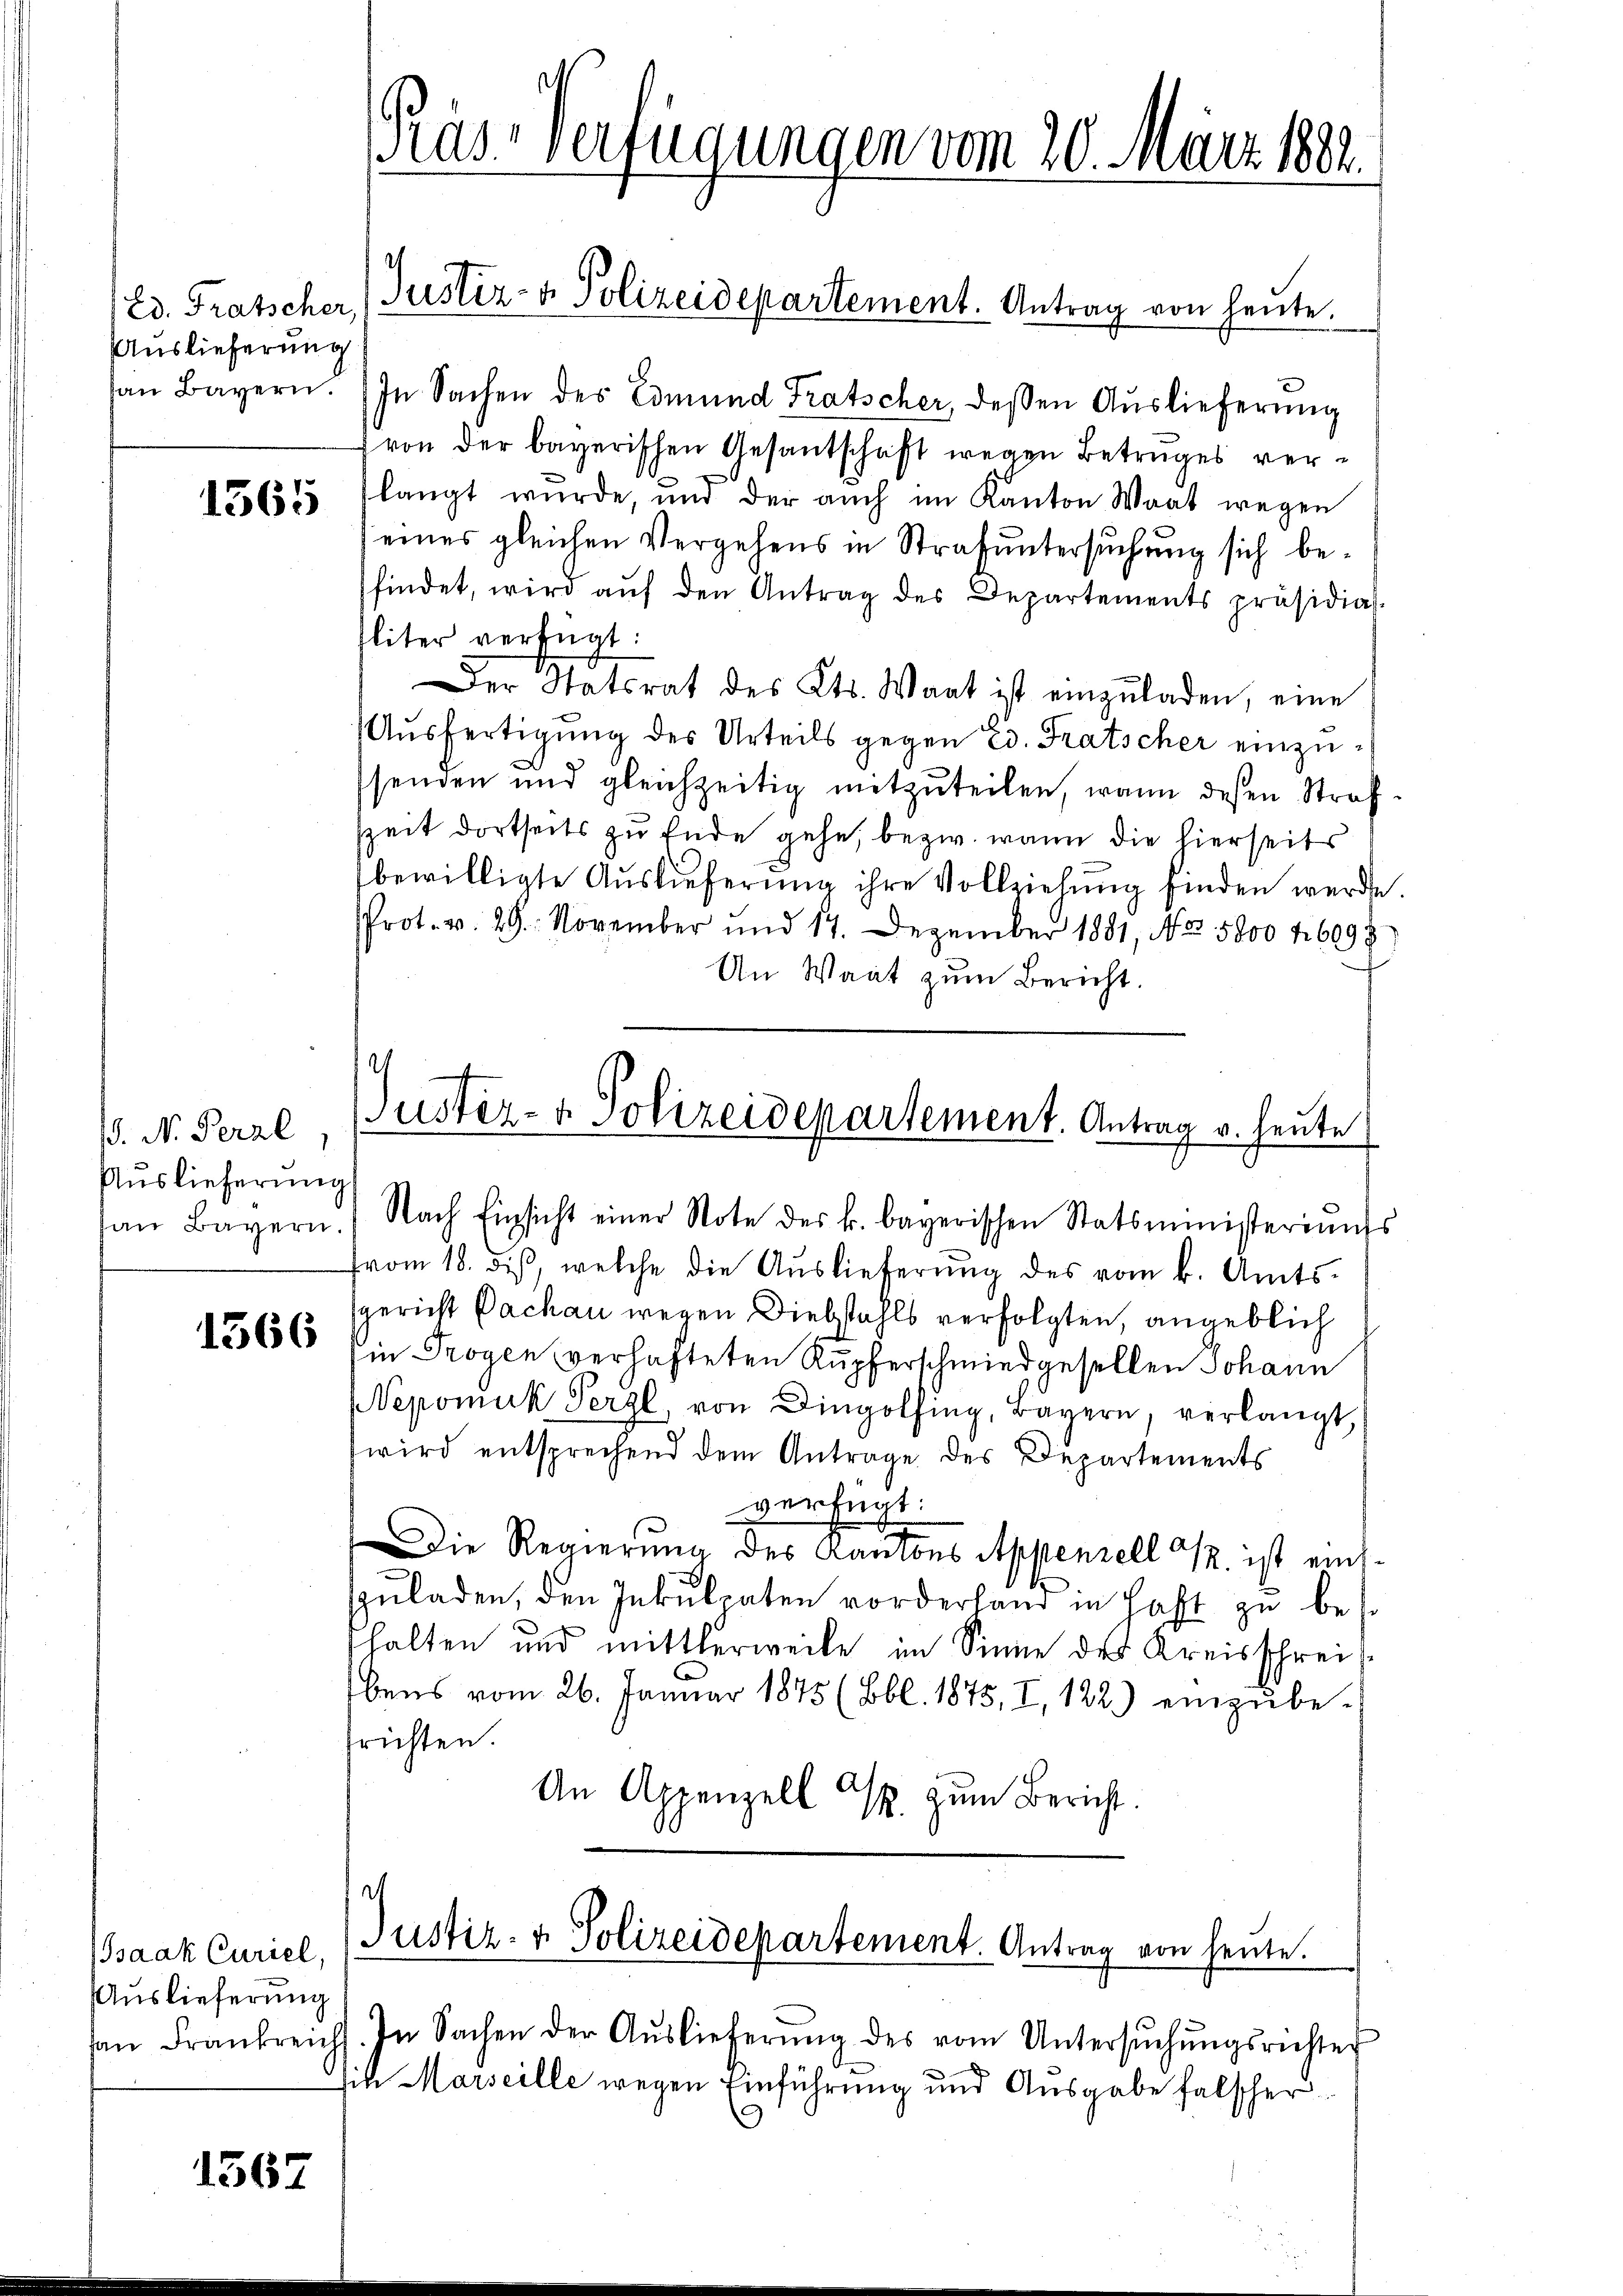
Ed. Fratscher,
Auslieferung
han Bayern!

1565

. M. Peral
Auslieferung

1366

Isaak Curiel,
Auslieferung

1367

In Sachen des Edmund Tratscher, deßen Auslieferung
von der bayerischen Gesantschaft wegen Betruges verlangt wurde, und der auch im Kanton Waat wegen
eines gleichen Vergehens in Strafuntersuchung sich befindet, wird aŭf den Antrag des Departements präsidia
Eliter verfügt:
Der Statsrat des Kts. Wart ist einzŭladen, eine
Ausfertigung des Urteils gegen Ed. Fratscher einzusenden und gleichzeitig mitzuteilen, wann dessen Straf
szeit dortseits zu Ende gehe, bezw. wann die hierseits
bewilligte Aŭslieferung ihre Vollziehŭng finden werde.
Prot. v. 29. November und 17. Dezember 1881, No 5800 fr 6098
An Waat zum Bericht.
Fvom 18. dis, welche die Auslieferŭng des vom k. Amts-
gericht Pachau wegen Diebstahls verfolgten, angeblich
in Trogen verhafteten Rupferschmiedgesellen Johann
Nepomuk Vergl, von Dingolfing, Bayern, verlangt,
wird entsprechend dem Antrage des Departements
verfügt:
Die Regierung des Kantons Appenzell a. ist eins
zuladen, den Inkulpaten vorderland in Haft zu behalten und mittlerweile im Sinne des Kreisschreibens vom 26. Januar 1845 (Bbl. 1875, I, 122) einzŭbe-
frichten.
An Appenzell T. zum Bericht.
d
Justiz- & Polizeidepartement. Antrag von heute.
an Frankreicht. In Sachen der Aŭslieferŭng des vom Untersŭchŭngsrichter
it Marseille wegen Einführung und Ausgabe falscher

Pras-Verfügungen vom 30. März 1882.

(Justiz- & Polizeidepartement. Antrag von heute.

ustiz- & Polizeidepartement. Antrag v. heute
an Bayern! Nach Einsicht einer Note des k. bayerischen Statsministeriŭm